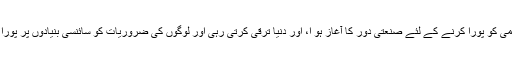
ماضی میں اس کمی کو پورا کرنے کے لئے صنعتی دور کا آغاز ہو ا، اور دنیا ترقی کرتی رہی اور لوگوں کی ضروریات کو سائنسی بنیادوں پر پورا کرناشروع ہوئی۔